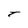
Character: T